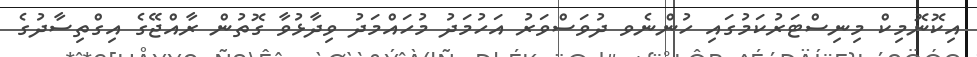
އިކޮނޮމިކް މިނިސްޓަރުކަމުގައި ހުންނެވ ދުވަސްވަރު އަހުމަދު މުހައްމަދު ވިދާޅުވާ ގޮތުން ރާއްޖޭގެ އިގްތިސާދުގެ